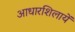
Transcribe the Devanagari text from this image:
आधारशिलायें